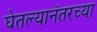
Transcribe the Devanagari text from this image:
घेतल्यानंतरच्या